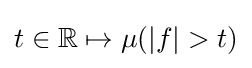
t\in \mathbb {R} \mapsto \mu (|f|>t)